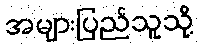
အများပြည်သူသို့